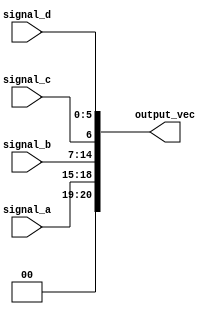
module ConcatenationContinuousAssign (
    input wire [3:0] signal_a,  // 4-bit input
    input wire [7:0] signal_b,  // 8-bit input
    input wire        signal_c,  // 1-bit input
    input wire [5:0] signal_d,  // 6-bit input
    output wire [20:0] output_vec // 20-bit output (4 + 8 + 1 + 6 = 19 bits)
);

// Concatenation continuous assignment
assign output_vec = {signal_a, signal_b, signal_c, signal_d};

endmodule